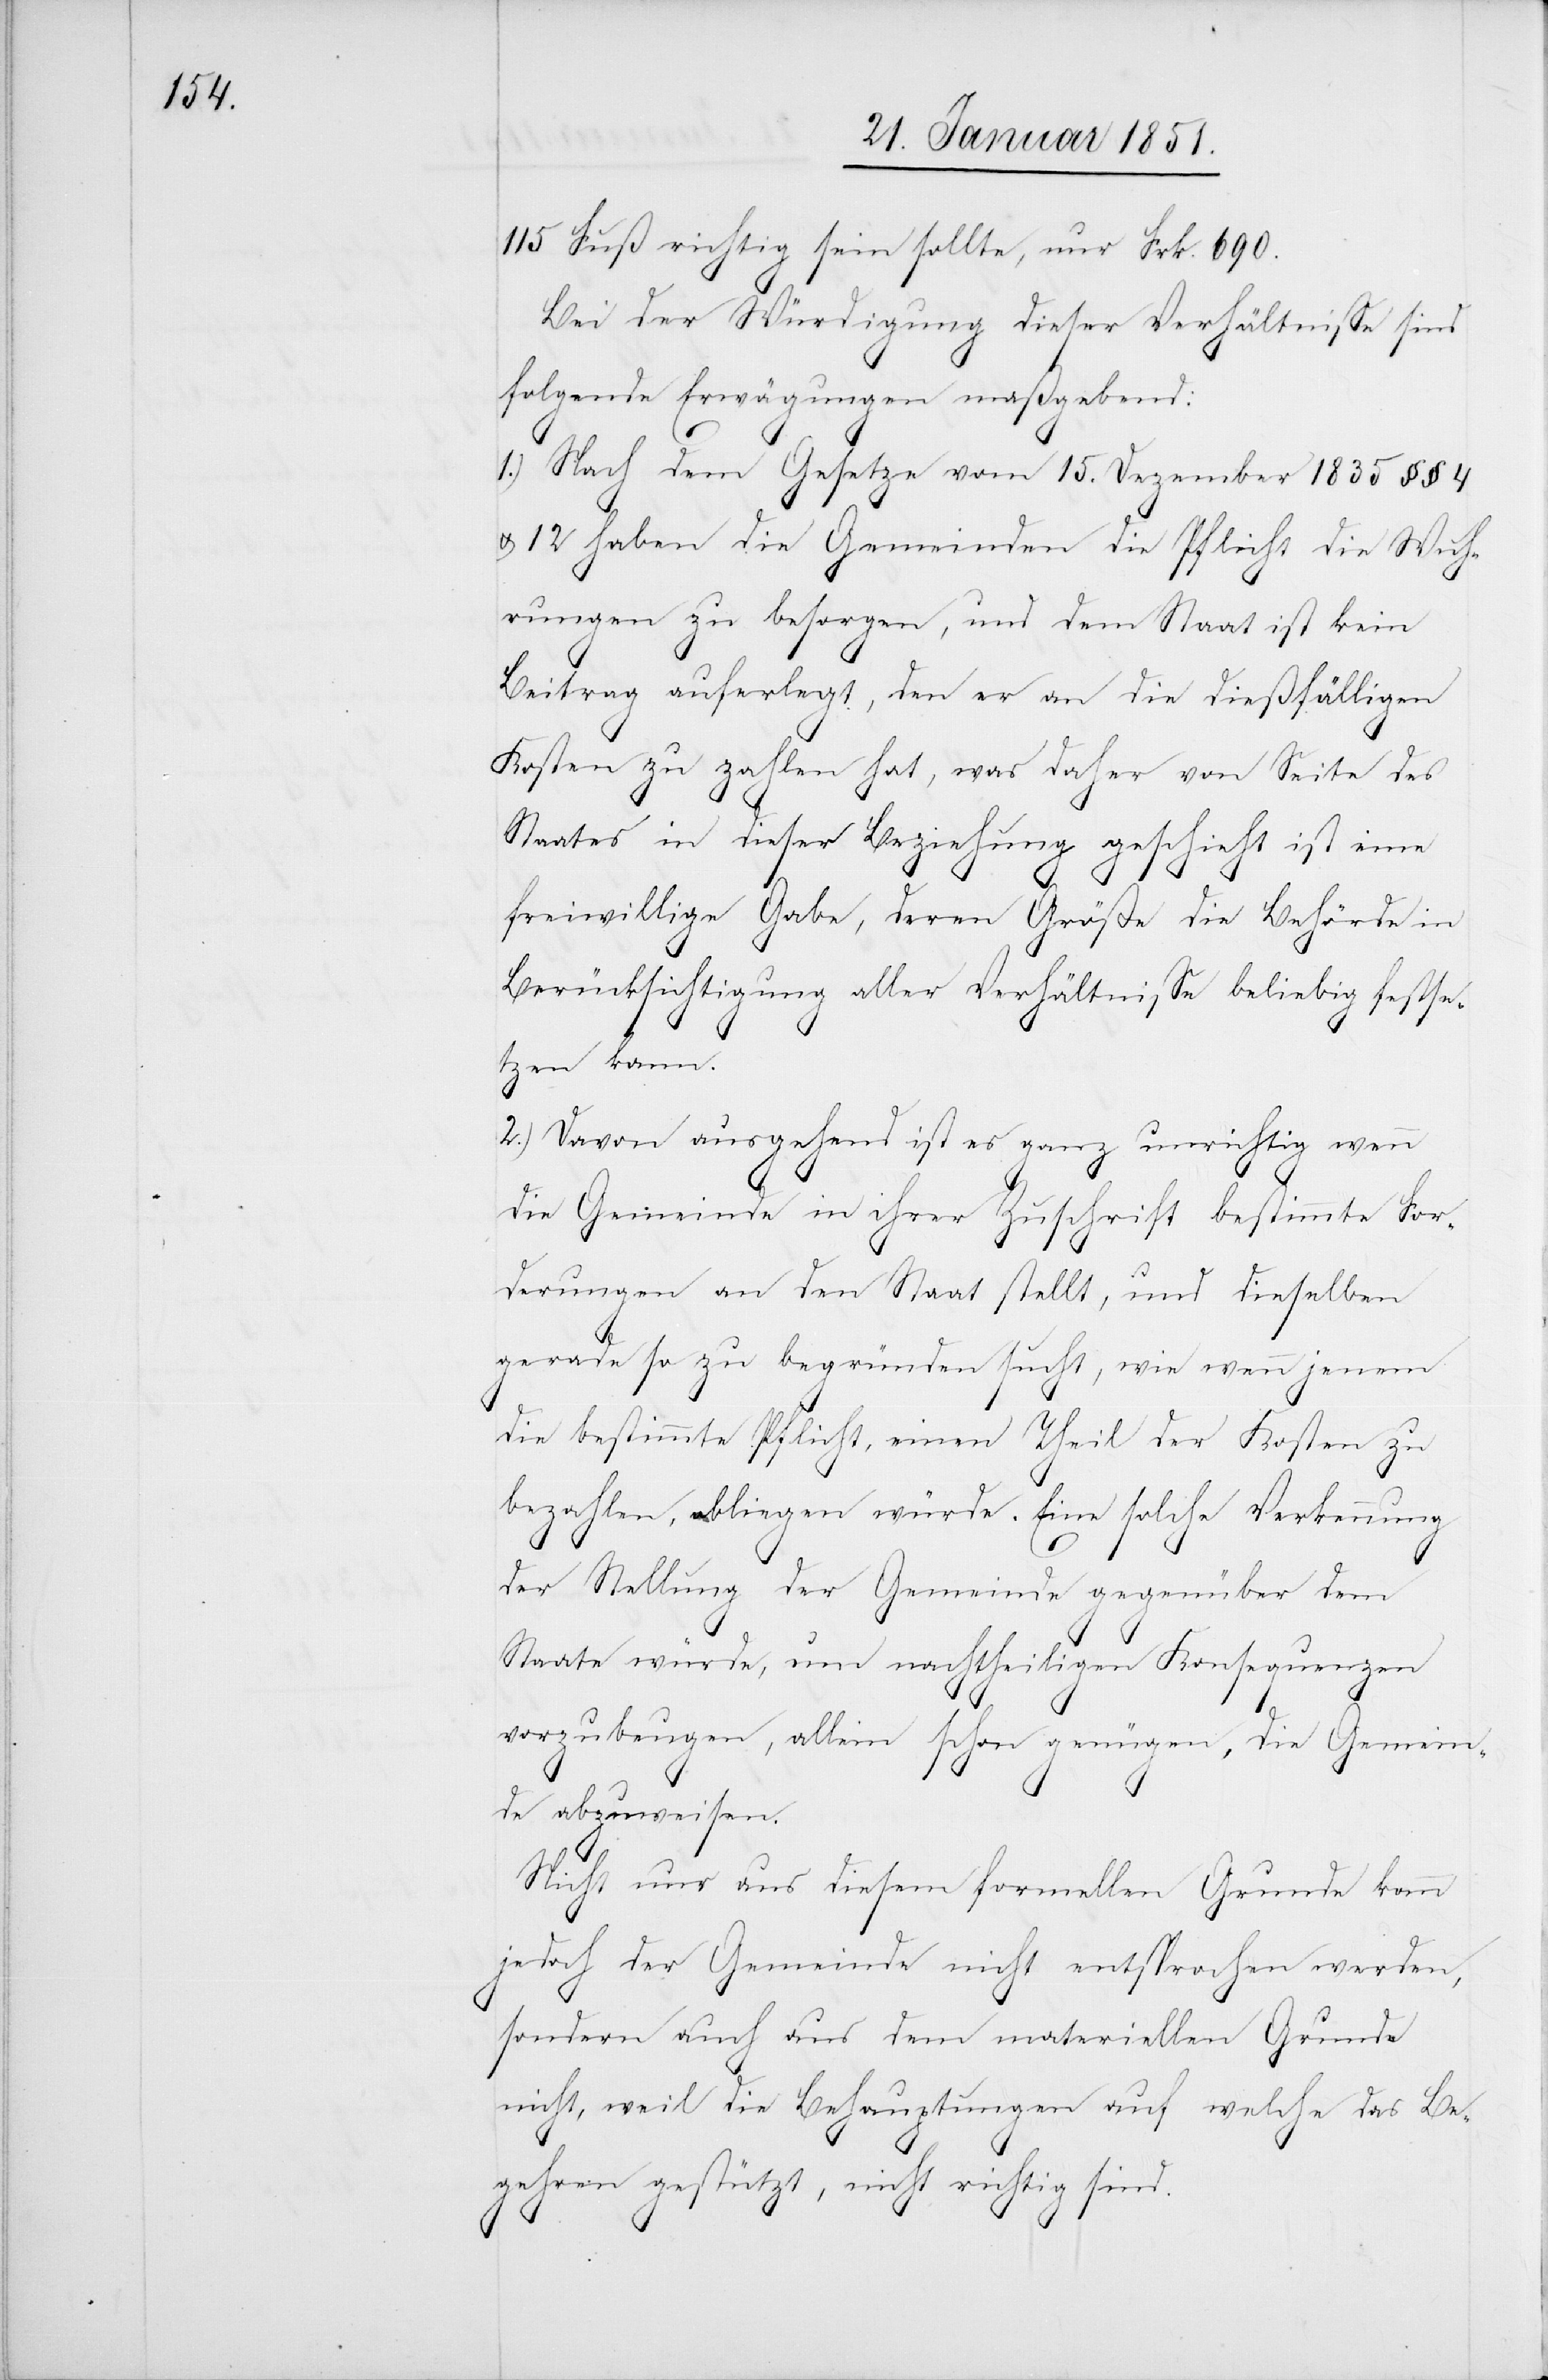
115 Fuß richtig sein sollte, nur Frk. 690.
Bei der Würdigung dieser Verhältnisse sind
folgende Erwägungen maßgebend:
1.) Nach dem Gesetze vom 15. Dezember 1835 §§ 4
u. 12 haben die Gemeinden die Pflicht die Wuh¬
rungen zu besorgen, und dem Staat ist kein
Beitrag auferlegt, den er an die dießfälligen
Kosten zu zahlen hat, was daher von Seite des
Staates in dieser Beziehung geschieht ist eine
freiwillige Gabe, deren Größe die Behörde in
Berücksichtigung aller Verhältnisse beliebig festse¬
tzen kann.
2.) Davon ausgehend ist es ganz unrichtig wenn
die Gemeinde in ihrer Zuschrift bestimmte For¬
derungen an den Staat stellt, und dieselben
gerade so zu begründen sucht, wie wenn jenem
die bestimmte Pflicht, einen Theil der Kosten zu
bezahlen, obliegen würde. Eine solche Verkennung
der Stellung der Gemeinde gegenüber dem
Staate würde, um nachtheiligen Konsequenzen
vorzubeugen, allein schon genügen, die Gemein¬
de abzuweisen.
Nicht nur aus diesem formellen Grunde kann
jedoch der Gemeinde nicht entsprochen werden,
sondern auch aus dem materiellen Grunde
nicht, weil die Behauptungen auf welche das Be¬
gehren gestützt, nicht richtig sind.